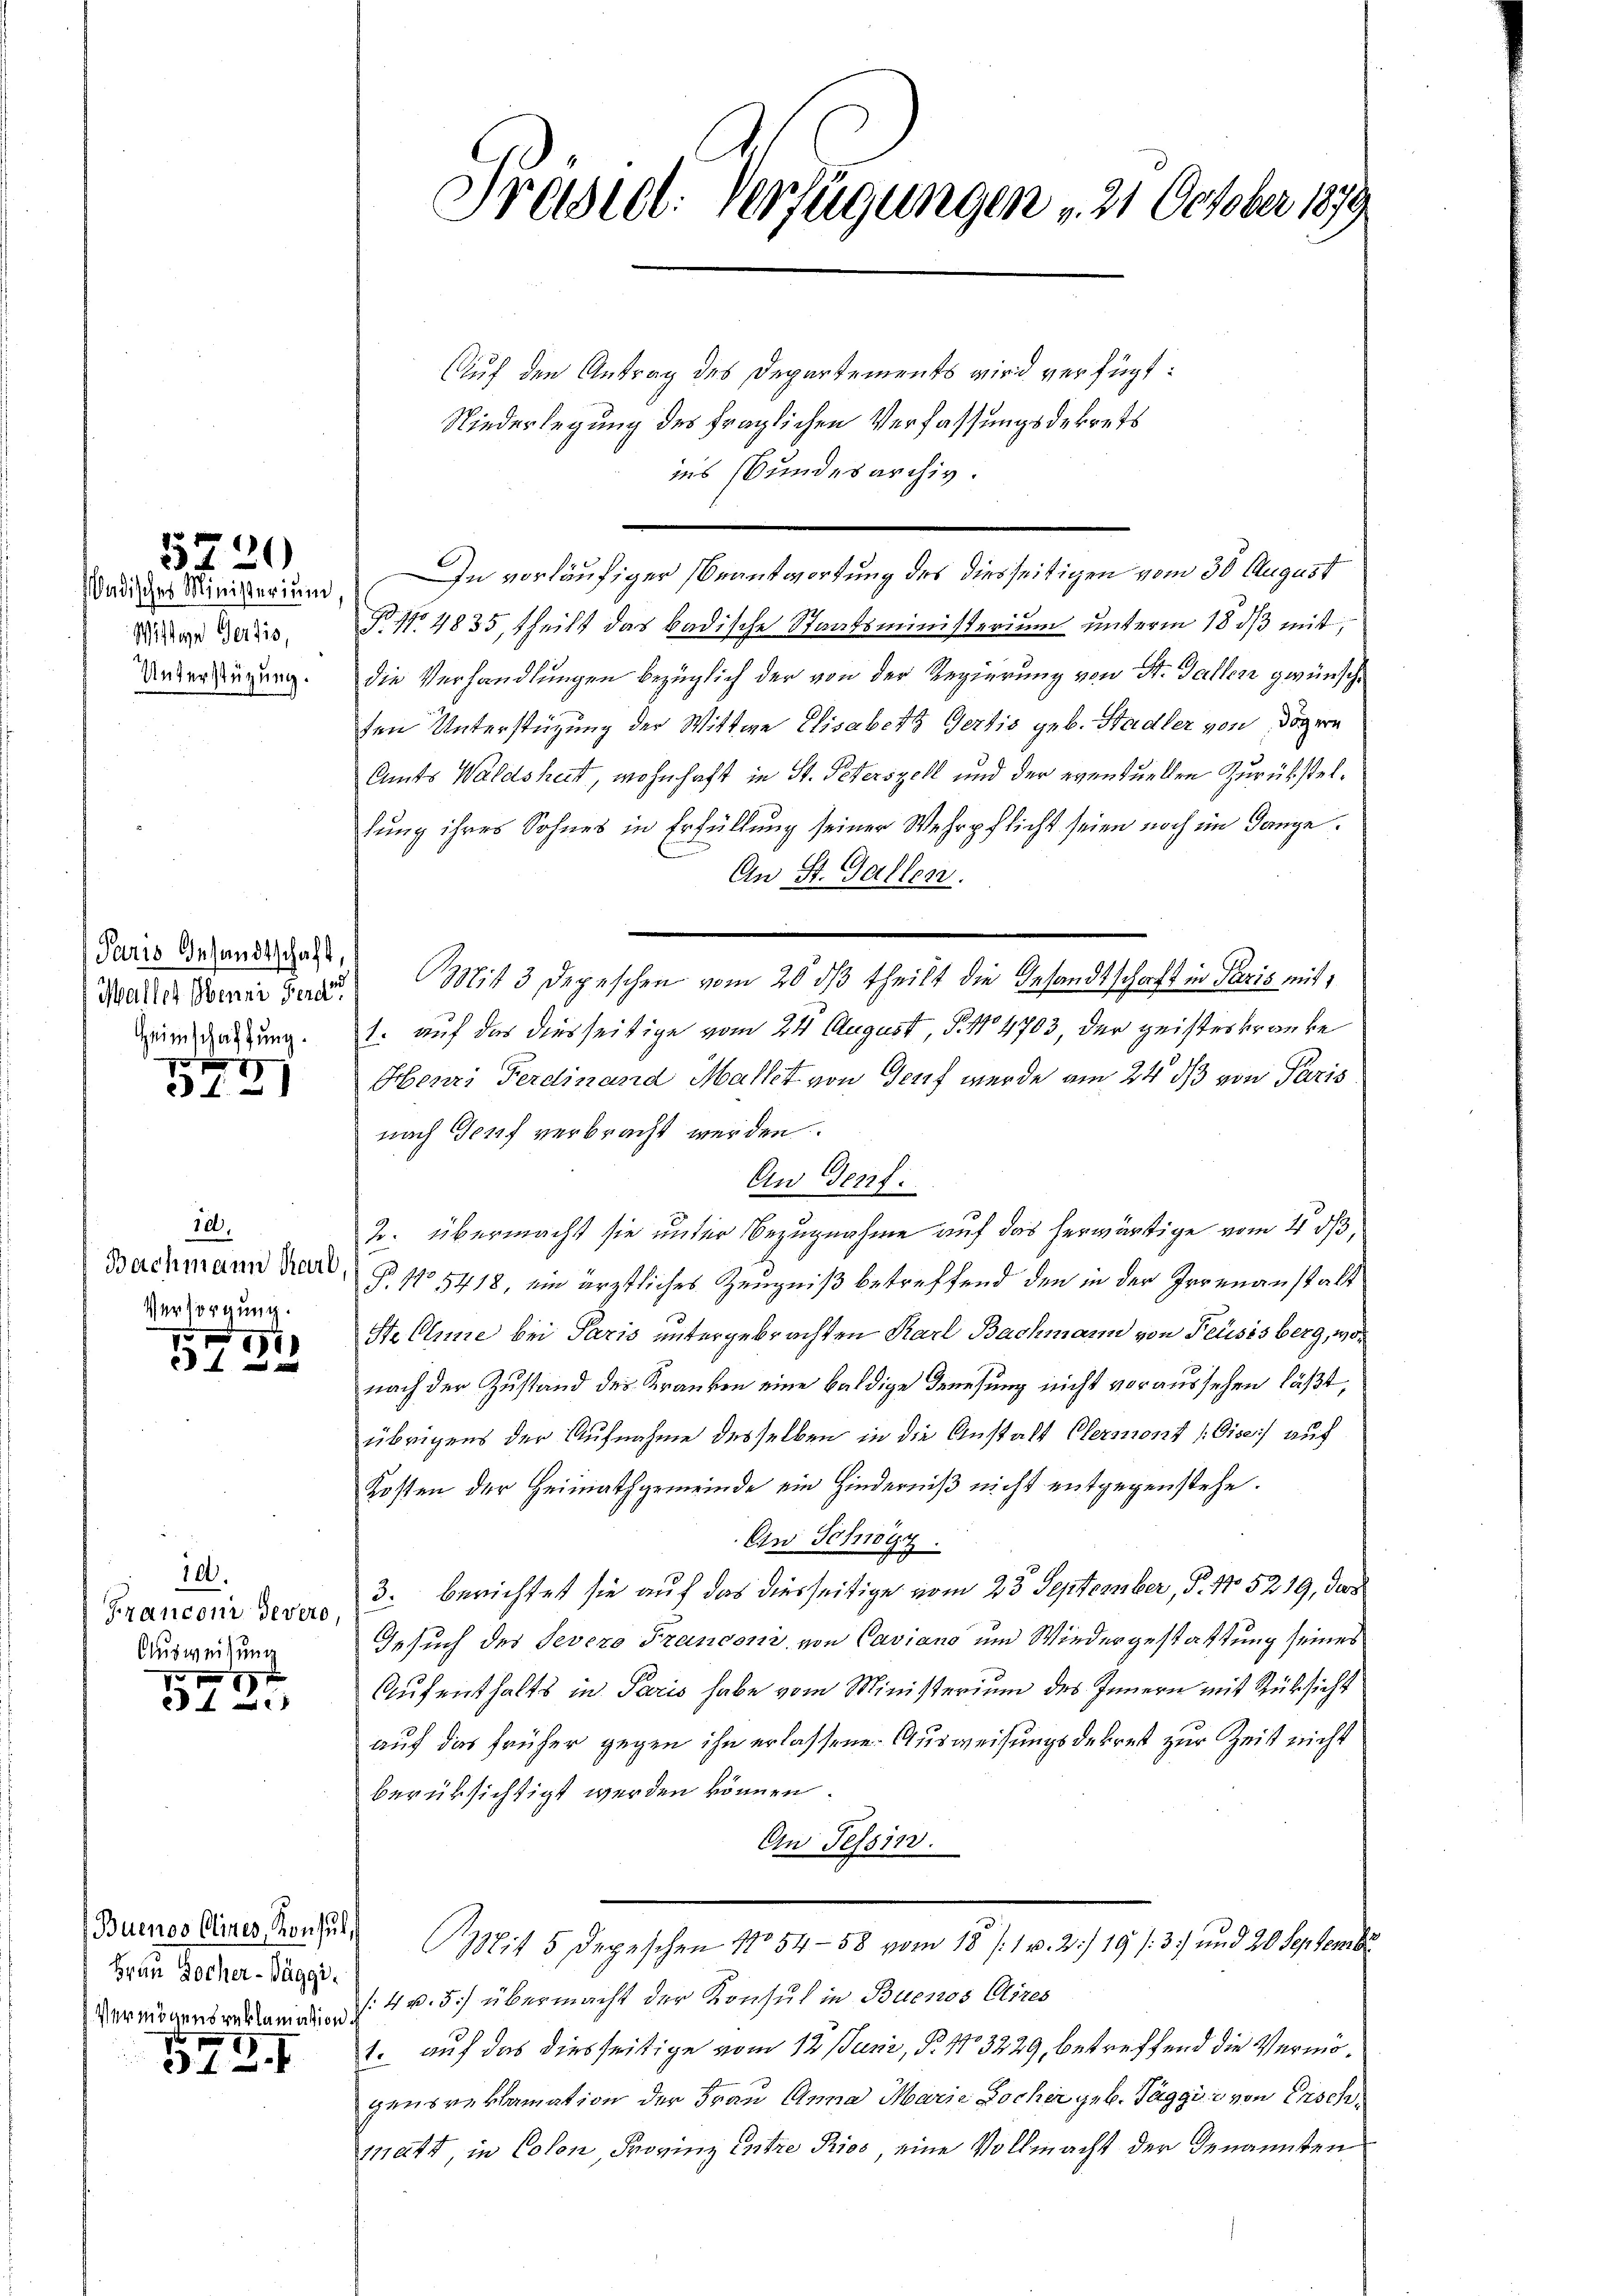
5720

ndisches Ministerium
Wittwe Gertis,
Unterstüzung.

Paris Gesandtschaft,

2
2 f 0 x

30.
Bachmann Karl
Versorgung.

1

100.
Franconi devero,
Ausweisung

2 f 0 x

Buenos Alines, Konsul,
Frau Hocher-Wäggi.
r

3. 4. B. I

Präsid. Verfügungen u. 21. October 1879

Auf den Antrag des Departements wird verfügt:
Niederlegung des fraglichen Verfassungsdekrets
ins Bundesarchiv.
In vorläufiger Beantwortung des diesseitigen vom 30 August
§ No 4835, theilt das badische Staatsministerium unterm 18 dβ mit,
die Verhandlungen bezüglich der von der Regierung von St. Gallen gewünsche
ten Unterstützung der Wittwe Elisabeth Gertis geb. Stadler von Dögern
Amts Waldsheit, wohnhaft in St. Peterszell und der eventuellen Zurückstellung ihres Sohnes in Erfüllung seiner Wehrpflicht seien noch im Gange.
An St. Gallen.
Waare Sonne dazu Mit 3 Depeschen vom 20. dβ theilt die Gesandtschaft in Paris mit
irgenzung. 1. auf das diesseitige vom 24 August, § 114703, der geisteskranke
Henri Ferdinand Mallet von Genf wurde am 24. ds von Paris
nach Genf verbracht werden.
Aw Genf.
2. übermacht sie unter Bezugnahme auf das herwärtige vom 4 dß,
P. No 5418, ein ärztliches Zeugniß betreffend den in der Irrenanstalt
Stellene bei Paris untergebrachten Karl Bachmann von Feusisberg, wonach der Zustand der Kranken eine baldige Driesung nicht voraussehen läßt,
übrigens der Aufnahme desselben in die Anstalt Clermont (Giseis auf
Kosten der Heimathgemeinde ein Hinderniß nicht entgegenstehe.
An Schwyz.
3. berichtet sie auf das diesseitige vom 23. September, P. No. 5219, das
Gesuch des Severo Franconi, von Caviano und Wiedergestattung seines
Aufenthalts in Paris habe vom Ministerium des Innern mit Rüksicht
auf das früher gegen ihn erlassene Ausweisungsdekret zur Zeit nicht
berüksichtigt werden können.
An Tessin.
Mit 5 Depeschen No 54-58 vom 18 / 1 v. 2) 19/3) und 20 September
Vermögensverlangen 4 v. 5.) übermacht der Konsul in Buenos Aires
1. auf das diesseitige vom 12. Juni, P. 13229, betreffend die Vermögensreklamation der Frau Anna Marie Locher geb. Täggii von Ersch
11aft, in Colon, Frovinz Entre Pios, eine Vollmacht der Genannten